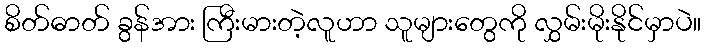
စိတ်ဓာတ် ခွန်အား ကြီးမားတဲ့လူဟာ သူများတွေကို လွှမ်းမိုးနိုင်မှာပဲ။